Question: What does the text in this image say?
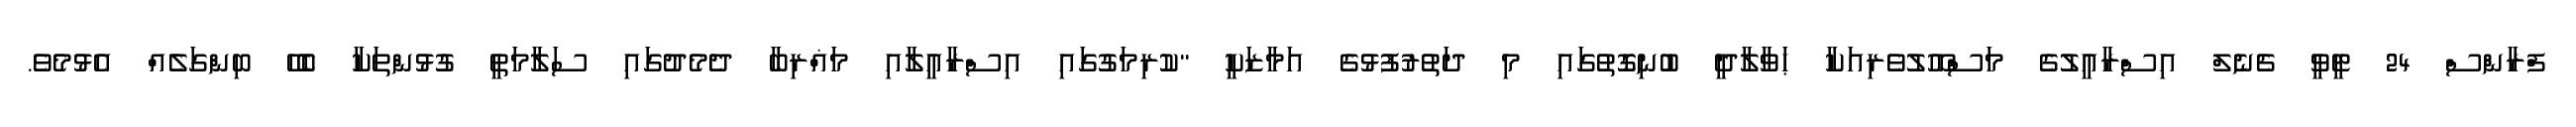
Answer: ފްރާންސް 24 ޓީވީ ޗެނެލް އިސްރާއީލުގެ މަސްއޫލުވެރިއަކާ ޙަވާލާދީ ބުނިގޮތުގައި މި ދަތުރުފުޅުގެ އަމާޒަކީ "ކުރިމަގުގައި އިސްރާއީލާއި މަޣްރިބާ ދެމެދުގައި ސަލާމަތީ ގުޅުންތަކާ ބެހޭ ބިންގަލެއް އެޅުމެވެ.